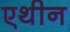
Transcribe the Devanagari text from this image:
एथीन